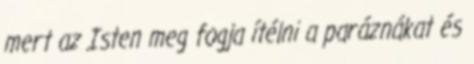
mert az Isten meg fogja ítélni a paráznákat és